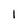
Character: 1